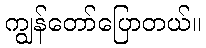
ကျွန်တော်ပြောတယ်။